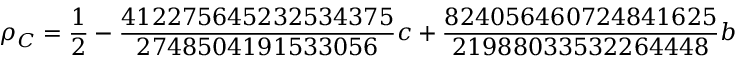
\rho _ { C } = \frac { 1 } { 2 } - \frac { 4 1 2 2 7 5 6 4 5 2 3 2 5 3 4 3 7 5 } { 2 7 4 8 5 0 4 1 9 1 5 3 3 0 5 6 } c + \frac { 8 2 4 0 5 6 4 6 0 7 2 4 8 4 1 6 2 5 } { 2 1 9 8 8 0 3 3 5 3 2 2 6 4 4 4 8 } b